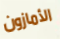
الأمازون